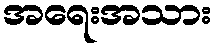
အရေးအသား